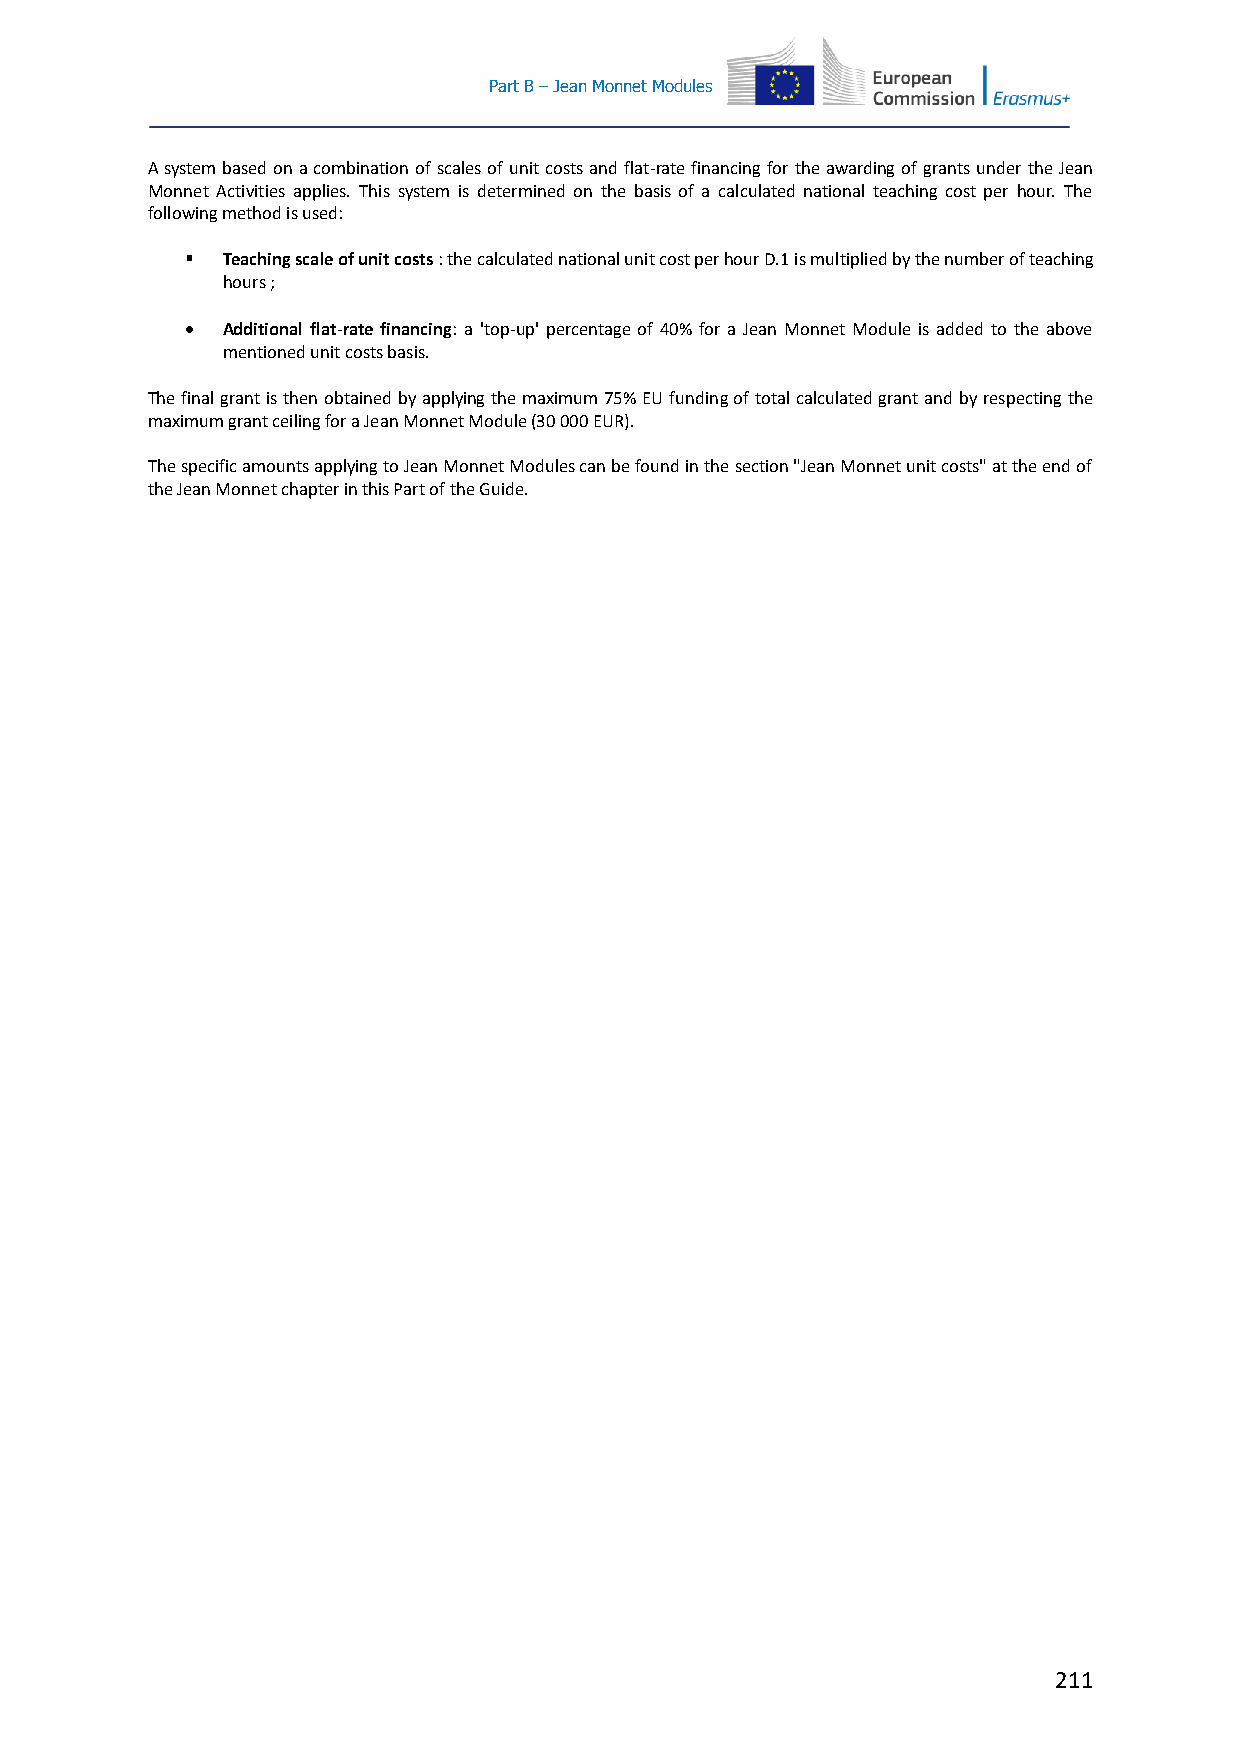
Part B – Jean Monnet Modules
 A system based on a combination of scales of unit costs and flat-rate financing for the awarding of grants under the Jean
 Monnet Activities applies. This system is determined on the basis of a calculated national teaching cost per hour. The
 following method is used:
   Teaching scale of unit costs : the calculated national unit cost per hour D.1 is multiplied by the number of teaching
 hours ;
   Additional flat-rate financing: a 'top-up' percentage of 40% for a Jean Monnet Module is added to the above
 mentioned unit costs basis.
 The final grant is then obtained by applying the maximum 75% EU funding of total calculated grant and by respecting the
 maximum grant ceiling for a Jean Monnet Module (30 000 EUR).
 The specific amounts applying to Jean Monnet Modules can be found in the section "Jean Monnet unit costs" at the end of
 the Jean Monnet chapter in this Part of the Guide.
 211